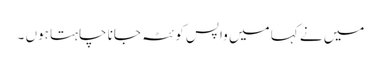
میں نے کہا میں واپس کوئٹہ جانا چاہتا ہوں ۔